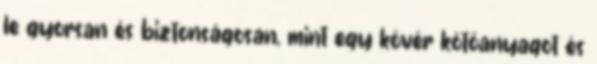
le gyorsan és biztonságosan, mint egy kövér kötőanyagot és